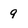
Character: 9